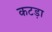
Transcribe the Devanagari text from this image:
कटड़ा